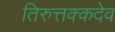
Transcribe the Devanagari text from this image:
तिरुत्तक्कदेव